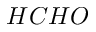
H C H O